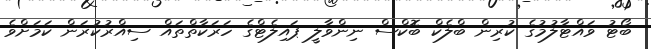
ބޯޓު ވައްޓާލުމުގެ ކުރިން ބްލެކް ބޮކްސް ނިންވާލީ ޕައިލެޓްގެ ހަރަކާތްތައް ސިއްރުކުރަން ކަމަށްވެ